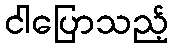
ငါပြောသည့်